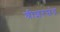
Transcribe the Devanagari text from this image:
श्रीशरच्चंद्र